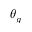
\theta _ { g }